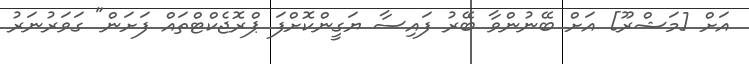
އަށް [މަޝްރޫ] އަށް ބޭނުންވާ ބޭރު ފައިސާ ޔަގީންކޮށްފަ ޕްރޮޖެކްޓްތައް ފަށަން" ގަވަރުނަރު